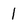
Character: 1